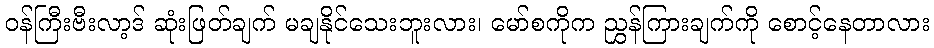
ဝန်ကြီးဗီးလာ့ဒ် ဆုံးဖြတ်ချက် မချနိုင်သေးဘူးလား၊ မော်စကိုက ညွှန်ကြားချက်ကို စောင့်နေတာလား